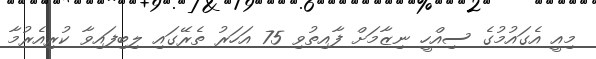
މިއީ އެގައުމުގެ ސިއްހީ ނިޒާމަށް ފާއިތުވި 75 އަހަރު ތެރޭގައި ލިބިފައިވާ ކުރިއެރުމާ